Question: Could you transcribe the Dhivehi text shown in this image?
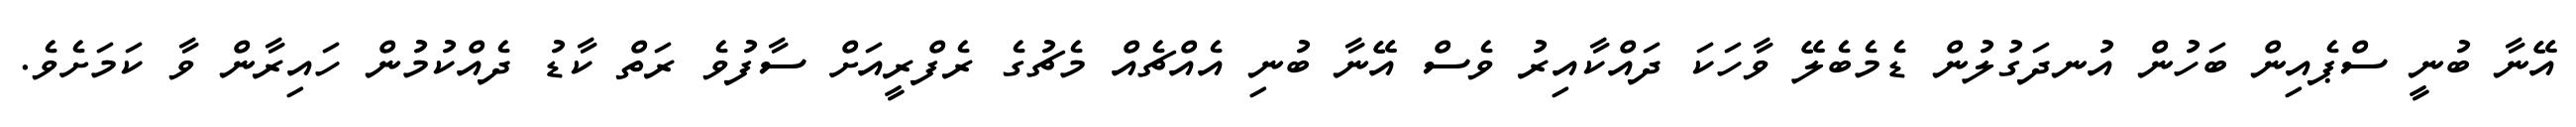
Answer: އޭނާ ބުނީ ސްޕެއިން ބަހުން އުނދަގުލުން ޑެމެބެލޭ ވާހަކަ ދައްކާއިރު ވެސް އޭނާ ބުނި އެއްޗެއް މެޗުގެ ރެފްރީއަށް ސާފުވެ ރަތް ކާޑު ދެއްކުމުން ހައިރާން ވާ ކަމަށެވެ.